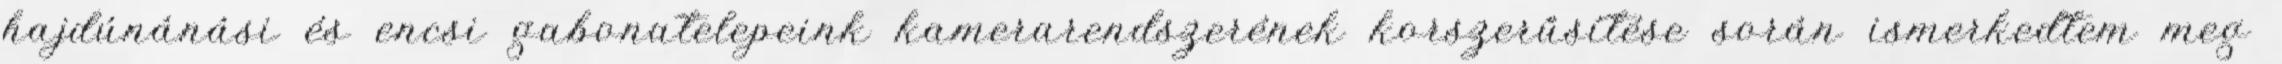
hajdúnánási és encsi gabonatelepeink kamerarendszerének korszerűsítése során ismerkedtem meg